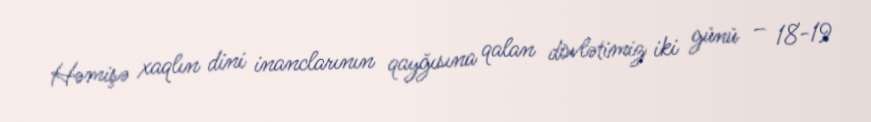
Həmişə xaqlın dini inanclarının qayğısına qalan dövlətimiz iki günü – 18-19